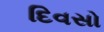
દિવસો